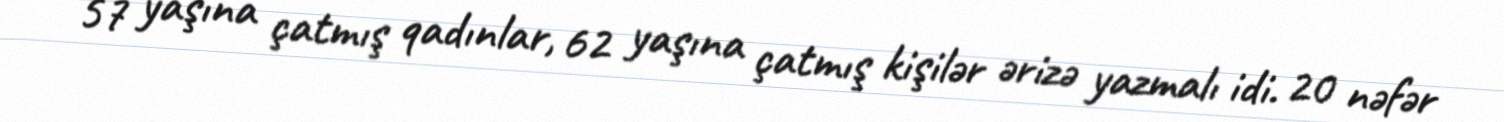
57 yaşına çatmış qadınlar, 62 yaşına çatmış kişilər ərizə yazmalı idi. 20 nəfər